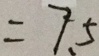
= 7 . 5